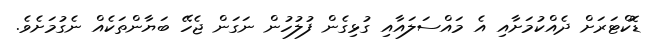
ޑޮކްޓަރަށް ދެއްކުމަށާއި އެ މައްސަލައާއި ގުޅިގެން ފުލުހުން ނަގަން ޖެހޭ ބަޔާންތަކެއް ނެގުމަށެވެ.